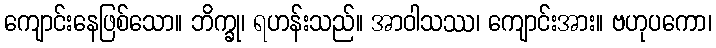
ကျောင်းနေဖြစ်သော။ ဘိက္ခု၊ ရဟန်းသည်။ အာဝါသဿ၊ ကျောင်းအား။ ဗဟုပကော၊